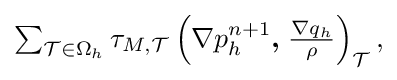
{\textstyle \sum _{{\mathcal {T}}\in \Omega _{h}}\tau _{M,{\mathcal {T}}}\left(\nabla p_{h}^{n+1}{\boldsymbol {,}}\;{\frac {\nabla q_{h}}{\rho }}\right)_{\mathcal {T}},}